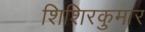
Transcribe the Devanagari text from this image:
शिशिरकुमार